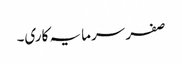
صفر سرمایہ کاری۔